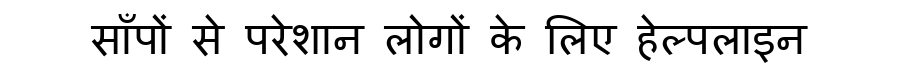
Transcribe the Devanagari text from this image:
साँपों से परेशान लोगों के लिए हेल्पलाइन